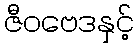
ဇီဝဗေဒနှင့်